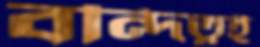
বন্দিত্বই